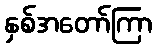
နှစ်အတော်ကြာ